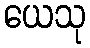
ယေသု